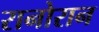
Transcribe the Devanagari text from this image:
रानोरान